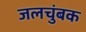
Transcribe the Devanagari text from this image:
जलचुंबक